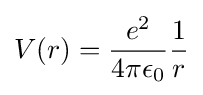
V(r)={\frac {e^{2}}{4\pi \epsilon _{0}}}{\frac {1}{r}}